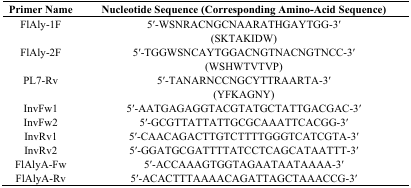
| Primer Name | Nucleotide Sequence (Corresponding Amino-Acid Sequence) |
 | --- | --- |
 | FlAly-1F | 5′-WSNRACNGCNAARATHGAYTGG-3′ |
 |  | (SKTAKIDW) |
 | FlAly-2F | 5′-TGGWSNCAYTGGACNGTNACNGTNCC-3′ |
 |  | (WSHWTVTVP) |
 | PL7-Rv | 5′-TANARNCCNGCYTTRAARTA-3′ |
 |  | (YFKAGNY) |
 | InvFw1 | 5′-AATGAGAGGTACGTATGCTATTGACGAC-3′ |
 | InvFw2 | 5′-GCGTTATTATTGCGCAAATTCACGG-3′ |
 | InvRv1 | 5′-CAACAGACTTGTCTTTTGGGTCATCGTA-3′ |
 | InvRv2 | 5′-GGATGCGATTTTATCCTCAGCATAATTT-3′ |
 | FlAlyA-Fw | 5′-ACCAAAGTGGTAGAATAATAAAA-3′ |
 | FlAlyA-Rv | 5′-ACACTTTAAAACAGATTAGCTAAACCG-3′ |